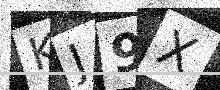
Text: KJ9X